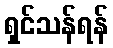
ရှင်သန်ရန်